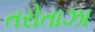
તરોતાઝા